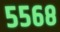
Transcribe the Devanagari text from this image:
५५६८